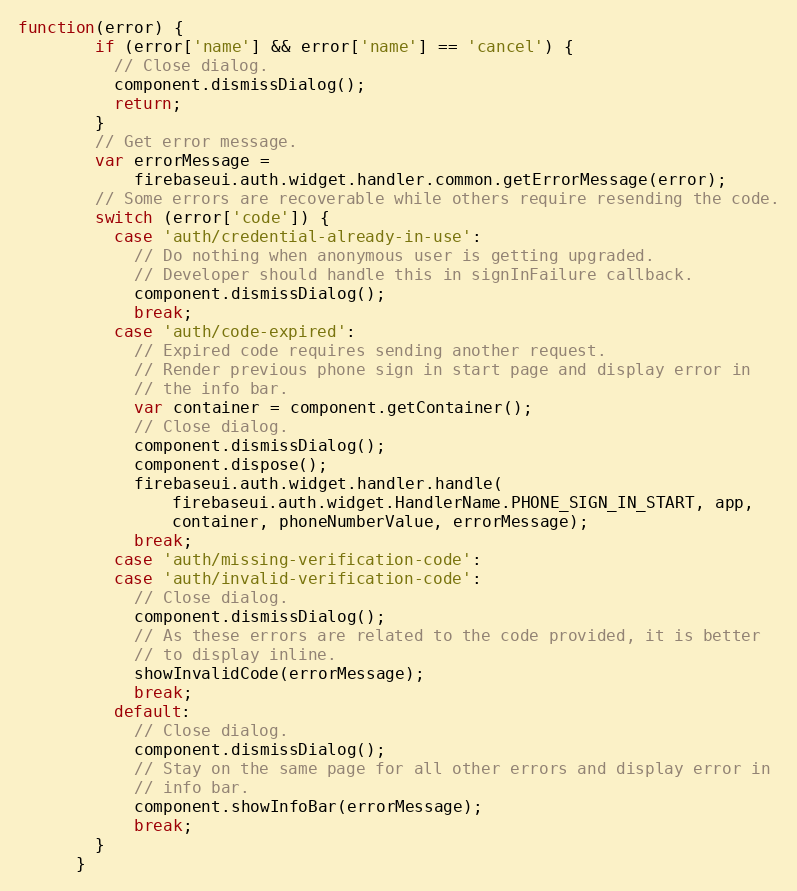
Language: JavaScript
function(error) {
        if (error['name'] && error['name'] == 'cancel') {
          // Close dialog.
          component.dismissDialog();
          return;
        }
        // Get error message.
        var errorMessage =
            firebaseui.auth.widget.handler.common.getErrorMessage(error);
        // Some errors are recoverable while others require resending the code.
        switch (error['code']) {
          case 'auth/credential-already-in-use':
            // Do nothing when anonymous user is getting upgraded.
            // Developer should handle this in signInFailure callback.
            component.dismissDialog();
            break;
          case 'auth/code-expired':
            // Expired code requires sending another request.
            // Render previous phone sign in start page and display error in
            // the info bar.
            var container = component.getContainer();
            // Close dialog.
            component.dismissDialog();
            component.dispose();
            firebaseui.auth.widget.handler.handle(
                firebaseui.auth.widget.HandlerName.PHONE_SIGN_IN_START, app,
                container, phoneNumberValue, errorMessage);
            break;
          case 'auth/missing-verification-code':
          case 'auth/invalid-verification-code':
            // Close dialog.
            component.dismissDialog();
            // As these errors are related to the code provided, it is better
            // to display inline.
            showInvalidCode(errorMessage);
            break;
          default:
            // Close dialog.
            component.dismissDialog();
            // Stay on the same page for all other errors and display error in
            // info bar.
            component.showInfoBar(errorMessage);
            break;
        }
      }